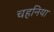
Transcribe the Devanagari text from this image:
चहनिया